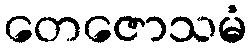
တေဇောသမံ